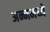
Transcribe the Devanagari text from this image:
अन्नमध्ये